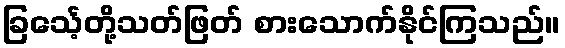
ခြင်္သေ့တို့သတ်ဖြတ် စားသောက်နိုင်ကြသည်။